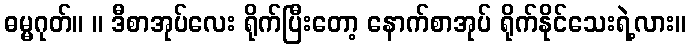
ဓမ္မဂုတ်။ ။ ဒီစာအုပ်လေး ရိုက်ပြီးတော့ နောက်စာအုပ် ရိုက်နိုင်သေးရဲ့လား။